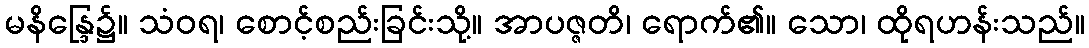
မနိန္ဒြေ၌။ သံဝရ၊ စောင့်စည်းခြင်းသို့။ အာပဇ္ဇတိ၊ ရောက်၏။ သော၊ ထိုရဟန်းသည်။